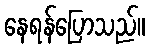
နေရန်ပြောသည်။